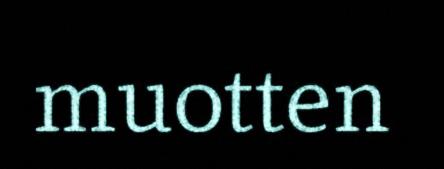
muotten